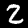
Label: 2